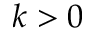
k > 0